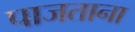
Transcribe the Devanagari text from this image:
पाजताना